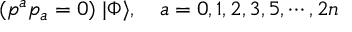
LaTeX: ( p ^ { a } p _ { a } = 0 ) \; | \Phi \rangle , \quad a = 0 , 1 , 2 , 3 , 5 , \cdots , 2 n